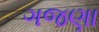
ગજણા